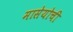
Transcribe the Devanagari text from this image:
मासेयोची